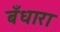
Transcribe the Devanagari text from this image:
बँधारा